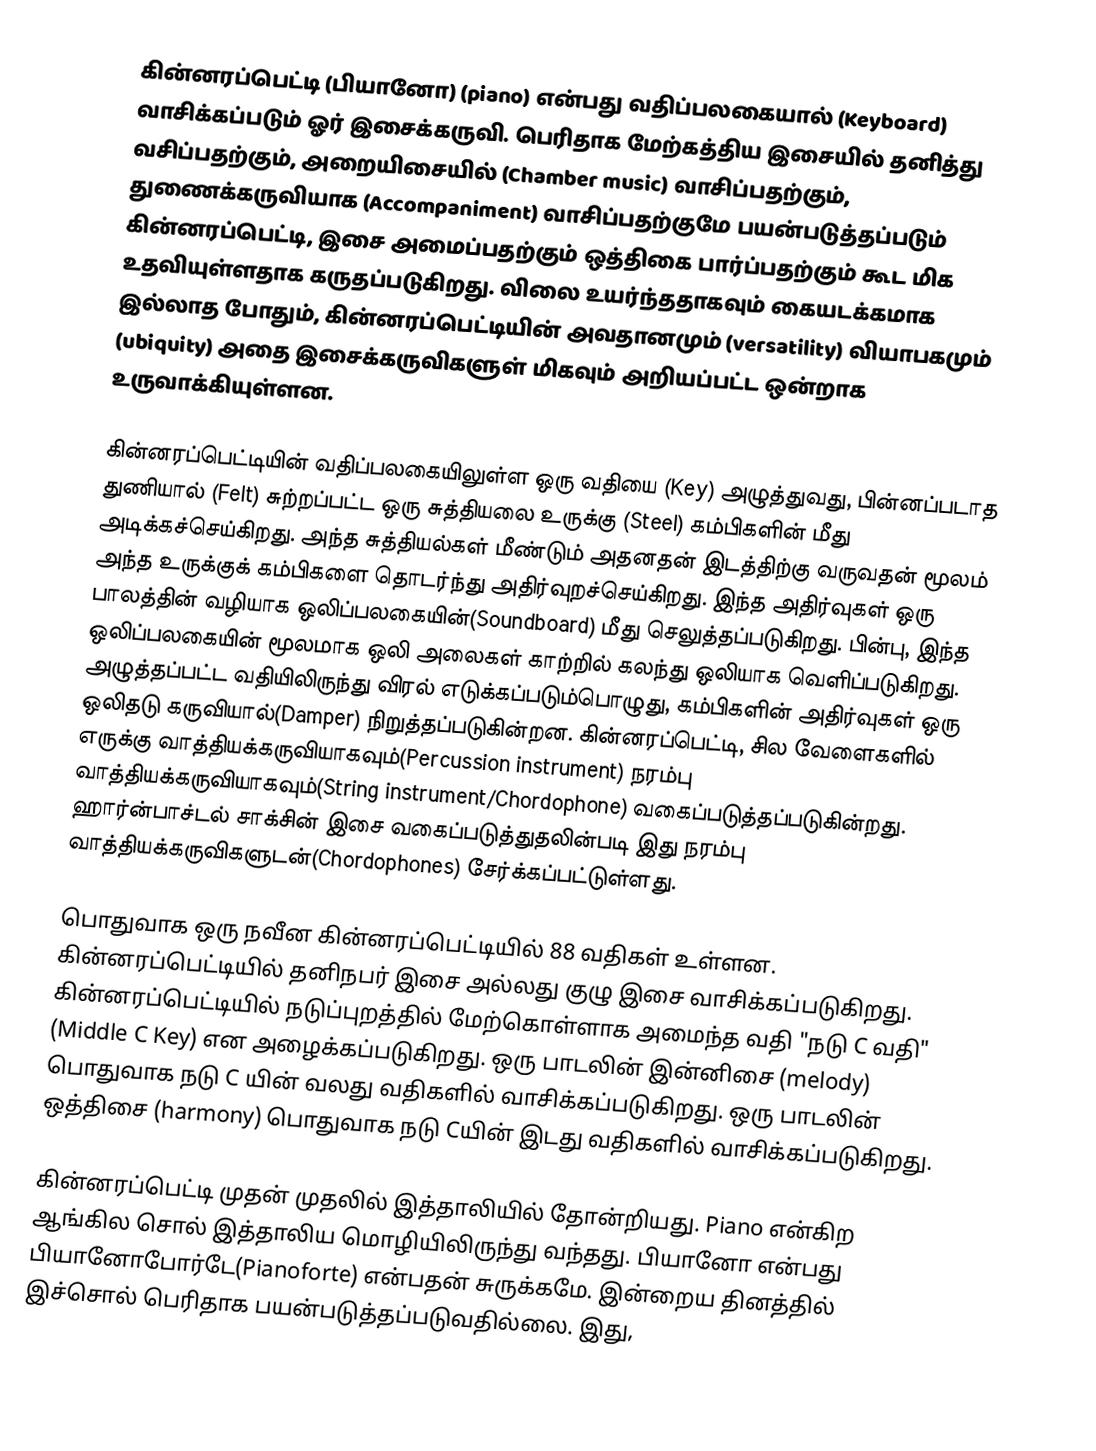
கின்னரப்பெட்டி (பியானோ) (piano) என்பது வதிப்பலகையால் (Keyboard) வாசிக்கப்படும் ஓர் இசைக்கருவி. பெரிதாக மேற்கத்திய இசையில் தனித்து வசிப்பதற்கும், அறையிசையில் (Chamber music) வாசிப்பதற்கும், துணைக்கருவியாக (Accompaniment) வாசிப்பதற்குமே பயன்படுத்தப்படும் கின்னரப்பெட்டி, இசை அமைப்பதற்கும் ஒத்திகை பார்ப்பதற்கும் கூட மிக உதவியுள்ளதாக கருதப்படுகிறது. விலை உயர்ந்ததாகவும் கையடக்கமாக இல்லாத போதும், கின்னரப்பெட்டியின் அவதானமும் (versatility) வியாபகமும் (ubiquity) அதை இசைக்கருவிகளுள் மிகவும் அறியப்பட்ட ஒன்றாக உருவாக்கியுள்ளன.

கின்னரப்பெட்டியின் வதிப்பலகையிலுள்ள ஒரு வதியை (Key) அழுத்துவது, பின்னப்படாத துணியால் (Felt) சுற்றப்பட்ட ஒரு சுத்தியலை உருக்கு (Steel) கம்பிகளின் மீது அடிக்கச்செய்கிறது. அந்த சுத்தியல்கள் மீண்டும் அதனதன் இடத்திற்கு வருவதன் மூலம் அந்த உருக்குக் கம்பிகளை தொடர்ந்து அதிர்வுறச்செய்கிறது. இந்த அதிர்வுகள் ஒரு பாலத்தின் வழியாக ஒலிப்பலகையின்(Soundboard) மீது செலுத்தப்படுகிறது. பின்பு, இந்த ஒலிப்பலகையின் மூலமாக ஒலி அலைகள் காற்றில் கலந்து ஒலியாக வெளிப்படுகிறது. அழுத்தப்பட்ட வதியிலிருந்து விரல் எடுக்கப்படும்பொழுது, கம்பிகளின் அதிர்வுகள் ஒரு ஒலிதடு கருவியால்(Damper) நிறுத்தப்படுகின்றன. கின்னரப்பெட்டி, சில வேளைகளில் எருக்கு வாத்தியக்கருவியாகவும்(Percussion instrument) நரம்பு வாத்தியக்கருவியாகவும்(String instrument/Chordophone) வகைப்படுத்தப்படுகின்றது. ஹார்ன்பாச்டல் சாக்சின் இசை வகைப்படுத்துதலின்படி இது நரம்பு வாத்தியக்கருவிகளுடன்(Chordophones) சேர்க்கப்பட்டுள்ளது.

பொதுவாக ஒரு நவீன கின்னரப்பெட்டியில் 88 வதிகள் உள்ளன. கின்னரப்பெட்டியில் தனிநபர் இசை அல்லது குழு இசை வாசிக்கப்படுகிறது. கின்னரப்பெட்டியில் நடுப்புறத்தில் மேற்கொள்ளாக அமைந்த வதி "நடு C வதி" (Middle C Key) என அழைக்கப்படுகிறது. ஒரு பாடலின் இன்னிசை (melody) பொதுவாக நடு C யின் வலது வதிகளில் வாசிக்கப்படுகிறது. ஒரு பாடலின் ஒத்திசை (harmony) பொதுவாக நடு Cயின் இடது வதிகளில் வாசிக்கப்படுகிறது.

கின்னரப்பெட்டி முதன் முதலில் இத்தாலியில் தோன்றியது. Piano என்கிற ஆங்கில சொல் இத்தாலிய மொழியிலிருந்து வந்தது. பியானோ என்பது பியானோபோர்டே(Pianoforte) என்பதன் சுருக்கமே. இன்றைய தினத்தில் இச்சொல் பெரிதாக பயன்படுத்தப்படுவதில்லை. இது,